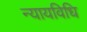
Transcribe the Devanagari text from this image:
न्यायविधि